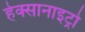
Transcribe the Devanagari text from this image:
हेक्सानाइट्रो